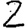
Digit: 2